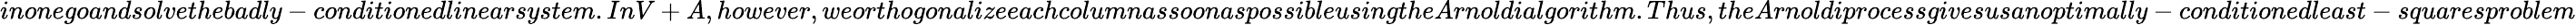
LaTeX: inonegoandsolvethebadly-conditionedlinearsystem.InV+A,however,weorthogonalizeeachcolumnassoonaspossibleusingtheArnoldialgorithm.Thus,theArnoldiprocessgivesusanoptimally-conditionedleast-squaresproblem